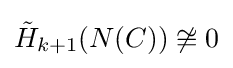
{\tilde {H}}_{k+1}(N(C))\not \cong 0